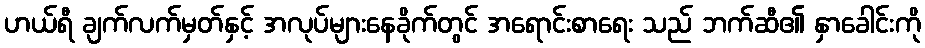
ဟယ်ရီ ချက်လက်မှတ်နှင့် အလုပ်များနေခိုက်တွင် အရောင်းစာရေး သည် ဘက်ဆီ၏ နှာခေါင်းကို